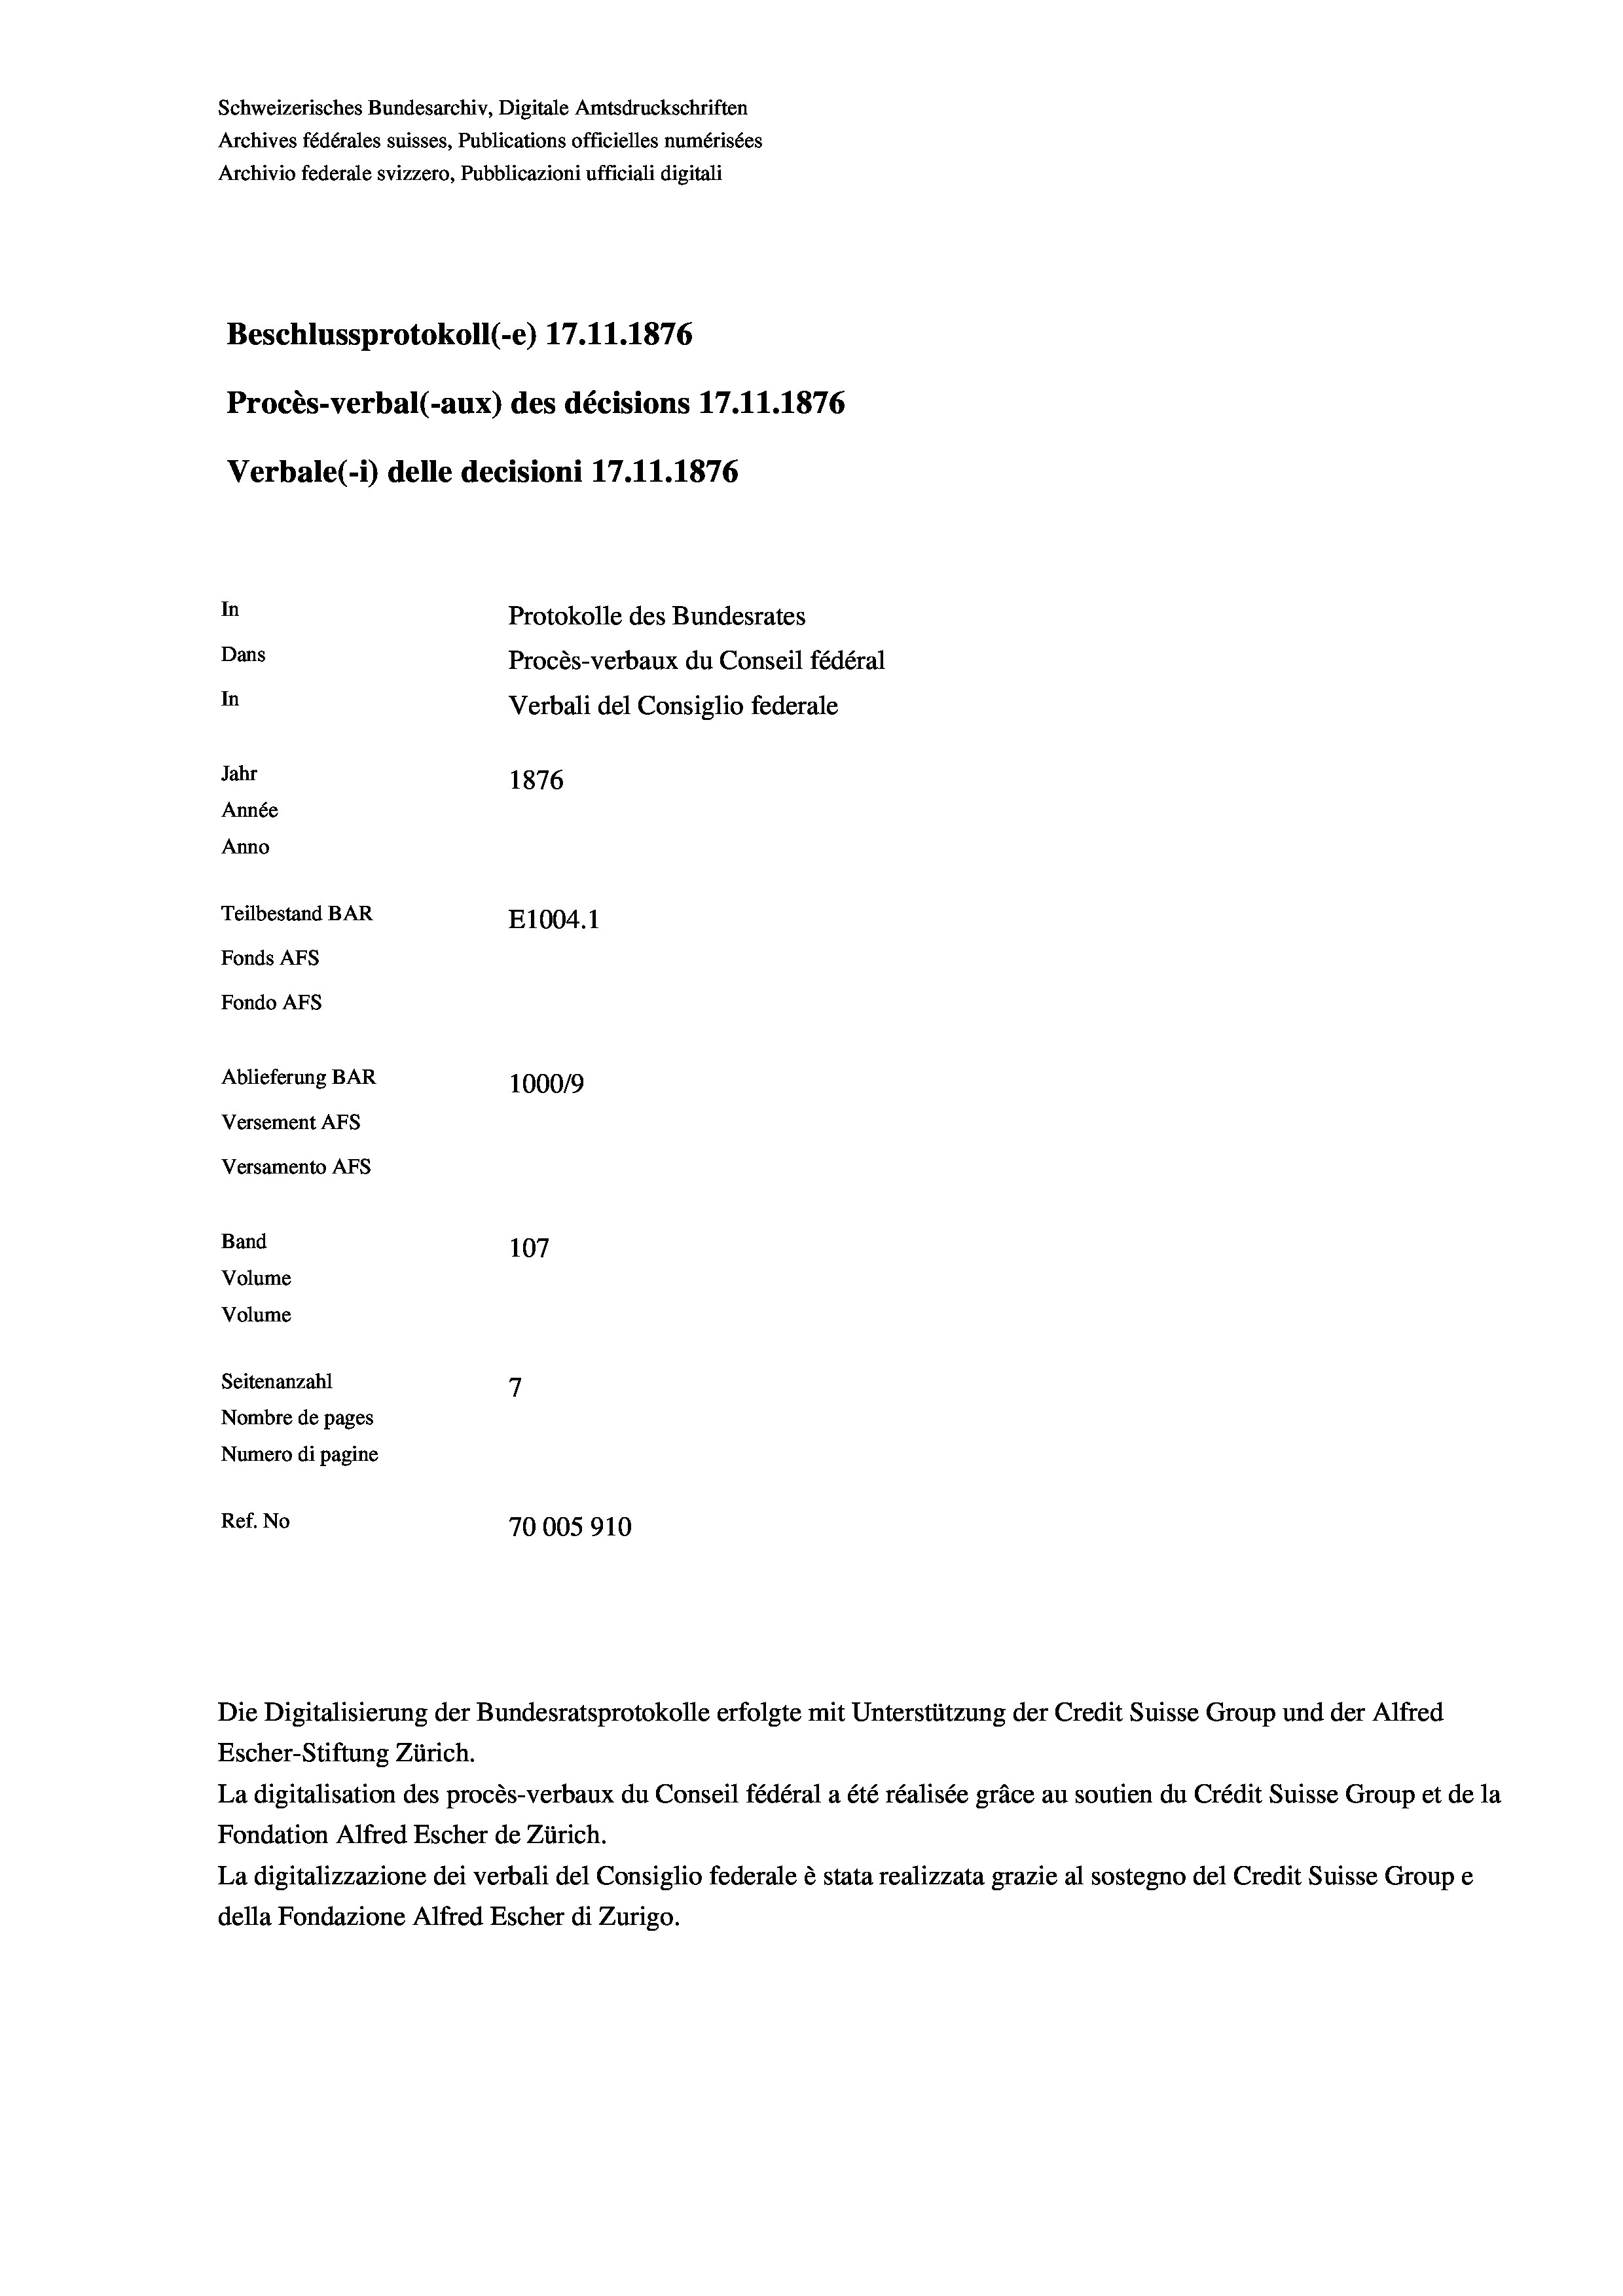
Schweizerisches Bundesarchiv, Digitale Amtsdruckschriften
Archives fédérales suisses, Publications officielles numérisées
Archivio federale svizzero, Pubblicazioni ufficiali digitali
Beschlussprotokoll (-e) 17.11.1876
Procès-verbal (-aux) des décisions 17.11.1876
Verbale (- 1) delle decisioni 17.11.1876
In
Protokolle des Bundesrates
Dans
Procès-verbaux du Conseil fédéral
In
Verbali del Consiglio federale
Jahr
1876
Année
Anno
Teilbestand BAR
E1004.1
Fonds AFs
Fondo AFS
Ablieferung BAR
100019
Versement AFS
Versamento AFs

Band
Volume
Volume

107
7
Seitenanzahl
Nombre de pages
Numero di pagine
Ref. No
70005910

Escher-Stiftung Zürich.
La digitalisation des procès-verbaux du Conseil fédéral a été réalisée gräce au soutien du Crédit Suisse Group et de la
Fondation Alfred Escher de Zürich.
La digitalizzazione dei verbali del Consiglio federale è stata realizzata grazie al sostegno del Credit Suisse Groupe
della Fondazione Alfred Escher di Zurigo.

Die Digitalisierung der Bundesratsprotokolle erfolgte mit Unterstützung der Credit Suisse Group und der Alfred